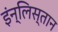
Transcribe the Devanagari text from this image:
इंन्लिस्तान